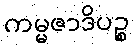
ကမ္မဇာဒိပဉ္စ